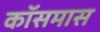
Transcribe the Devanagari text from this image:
कॉसमास